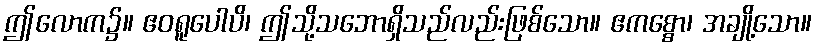
ဤလောက၌။ ဧဝရူပေါပိ၊ ဤသို့သဘောရှိသည်လည်းဖြစ်သော။ ဧကစ္စော၊ အချို့သော။